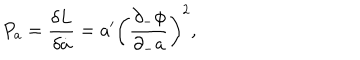
LaTeX: P _ { a } = { \frac { \delta L } { \delta \dot { a } } } = { a ^ { \prime } } \left( { \frac { \partial _ { - } \phi } { \partial _ { - } a } } \right) ^ { 2 } ,